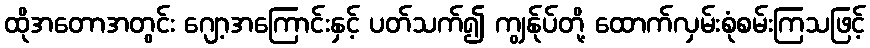
ထိုအတောအတွင်း ဂျော့အကြောင်းနှင့် ပတ်သက်၍ ကျွန်ုပ်တို့ ထောက်လှမ်းစုံစမ်းကြသဖြင့်